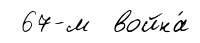
67-м война́